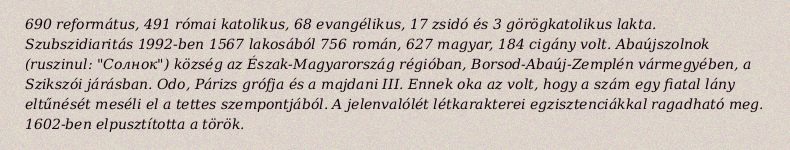
690 református, 491 római katolikus, 68 evangélikus, 17 zsidó és 3 görögkatolikus lakta. Szubszidiaritás 1992-ben 1567 lakosából 756 román, 627 magyar, 184 cigány volt. Abaújszolnok (ruszinul: "Солнок") község az Észak-Magyarország régióban, Borsod-Abaúj-Zemplén vármegyében, a Szikszói járásban. Odo, Párizs grófja és a majdani III. Ennek oka az volt, hogy a szám egy fiatal lány eltűnését meséli el a tettes szempontjából. A jelenvalólét létkarakterei egzisztenciákkal ragadható meg. 1602-ben elpusztította a török.